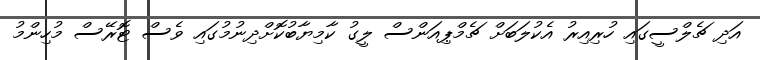
އަދި ޗެލްސީގައި ހުރިއިރު އެކުލަބަށް ޗެމްޕިއަންސް ލީގު ކާމިޔާބުކޮށްދިނުމުގައި ވެސް ޓޮރޭސް މުހިންމު